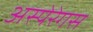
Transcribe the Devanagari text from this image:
अस्पेरेगस